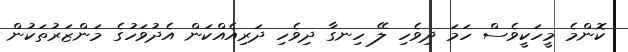
ކޮންމެ މީހަކީވެސް ހަމަ ދިވެހި ލޭ ހިނގާ ދިވެހި ދަރިއެއްކަން އެދުވަހުގެ މަންޒަރުތަކުން